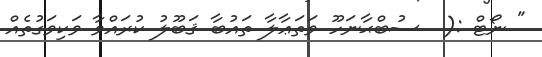
" ނޯޓް :(  ސުބްޙާނަހޫ ވަތަޢާލާ ތައުބާ ޤަބޫލު ކުރައްވާ ވަކިވަގުތެއް